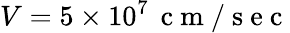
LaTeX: V=5\times 10^{7}\, \mathrm{~c~m~/~s~e~c~}